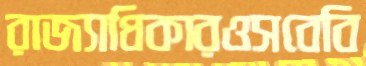
রাজ্যাধিকারওসবেবি